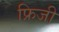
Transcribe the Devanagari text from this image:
फ्रिजी